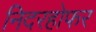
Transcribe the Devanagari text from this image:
निदरहोफर